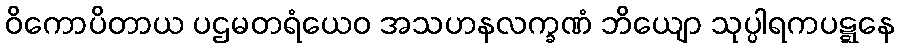
ဝိကောပိတာယ ပဌမတရံယေဝ အသဟနလက္ခဏံ ဘိယျော သုပ္ပါရကပဋ္ဋနေ